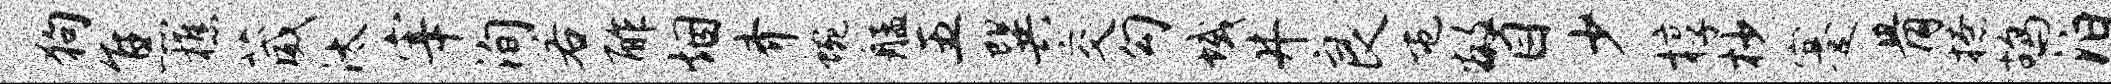
狗焦樵葳汰宰洵若酢烟齐蜿艋五巽交勾域井良屯瞥少椁杪蹇骨撩鸪泊